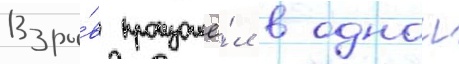
Взры́в произошё́л в однои